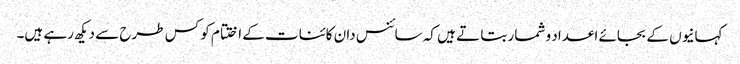
کہانیوں کے بجائے اعداد و شمار بتا تے ہیں کہ سائنس دان کائنات کے اختتام کو کس طرح سے دیکھ رہے ہیں۔